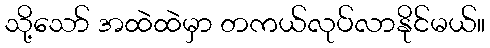
သို့သော် အထဲထဲမှာ တကယ်လုပ်လာနိုင်မယ်။